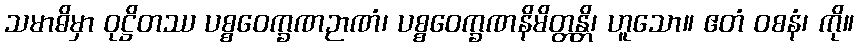
သမာဓိမှာ ဝုဋ္ဌိတဿ ပစ္စဝေက္ခဏဉာဏံ၊ ပစ္စဝေက္ခဏနိမိတ္တန္တိ၊ ဟူသော။ ဧတံ ဝစနံ၊ ကို။